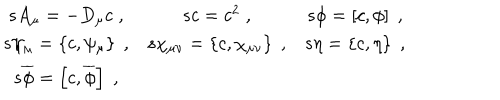
\begin{array} { c c c } { { s A _ { \mu } = - D _ { \mu } c \; , } } & { { s c = c ^ { 2 } \; , } } & { { s \phi = \left[ c , \phi \right] \; , } } \\ { { s \psi _ { \mu } = \left\{ c , \psi _ { \mu } \right\} \; , } } & { { s \chi _ { \mu \nu } = \left\{ c , \chi _ { \mu \nu } \right\} \; , } } & { { s \eta = \left\{ c , \eta \right\} \; , } } \\ { { s \overline { { { \phi } } } = \left[ c , \overline { { { \phi } } } \right] \; , } } & { { } } & { { } } \\ \end{array}